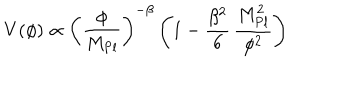
LaTeX: V ( \phi ) \propto \left( \frac { \phi } { M _ { \mathrm { P l } } } \right) ^ { - \beta } \left( 1 - \frac { \beta ^ { 2 } } { 6 } \, \frac { M _ { \mathrm { P l } } ^ { 2 } } { \phi ^ { 2 } } \right)